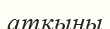
атқыны